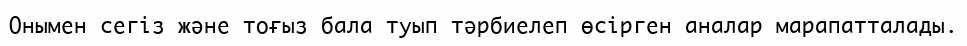
Онымен сегіз және тоғыз бала туып тәрбиелеп өсірген аналар марапатталады.